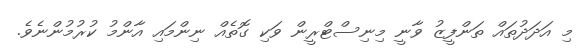
މި އަދަދުތައް ތަންފީޒު ވާނީ މިނިސްޓްރީން ވަކި ގޮތެއް ނިންމައި އާންމު ކުރުމުންނެވެ.